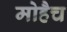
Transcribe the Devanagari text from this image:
मोहैच